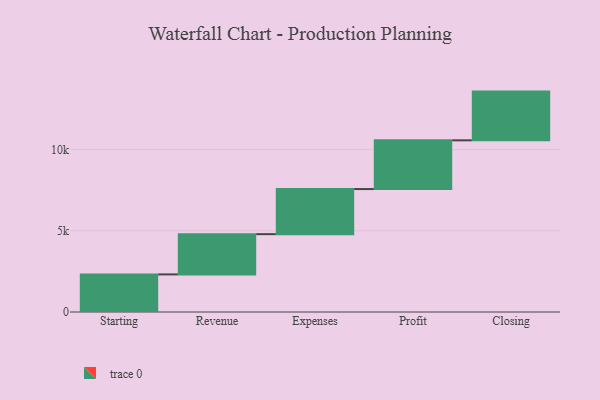
{"axis": {"x": "Step", "y": "Value"}, "legend": [""], "data": [{"x": "Starting", "y": 2314.0, "type": ""}, {"x": "Revenue", "y": 2479.0, "type": ""}, {"x": "Expenses", "y": 2776.0, "type": ""}, {"x": "Profit", "y": 3000, "type": ""}, {"x": "Closing", "y": 3000, "type": ""}]}